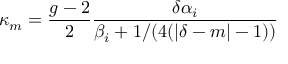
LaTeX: \kappa _ { m } = { \frac { g - 2 } { 2 } } { \frac { \delta \alpha _ { i } } { \beta _ { i } + 1 / ( 4 ( | \delta - m | - 1 ) ) } }